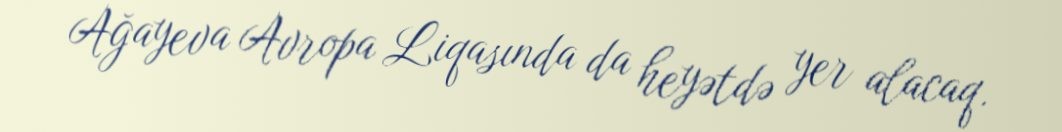
Ağayeva Avropa Liqasında da heyətdə yer alacaq.